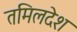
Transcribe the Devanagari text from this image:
तमिलदेश